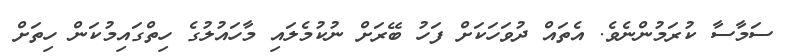
ސަމާސާ ކުރަމުންނެވެ. އެތައް ދުވަހަކަށް ފަހު ބޭރަށް ނުކުމެލައި މާހައުލުގެ ހިތްގައިމުކަން ހިތަށް